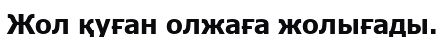
Жол қуған олжаға жолығады.